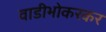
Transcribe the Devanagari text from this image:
वाडीभोकरकर